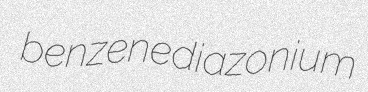
benzenediazonium